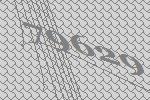
79629